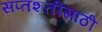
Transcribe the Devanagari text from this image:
सप्तशतीसाठी